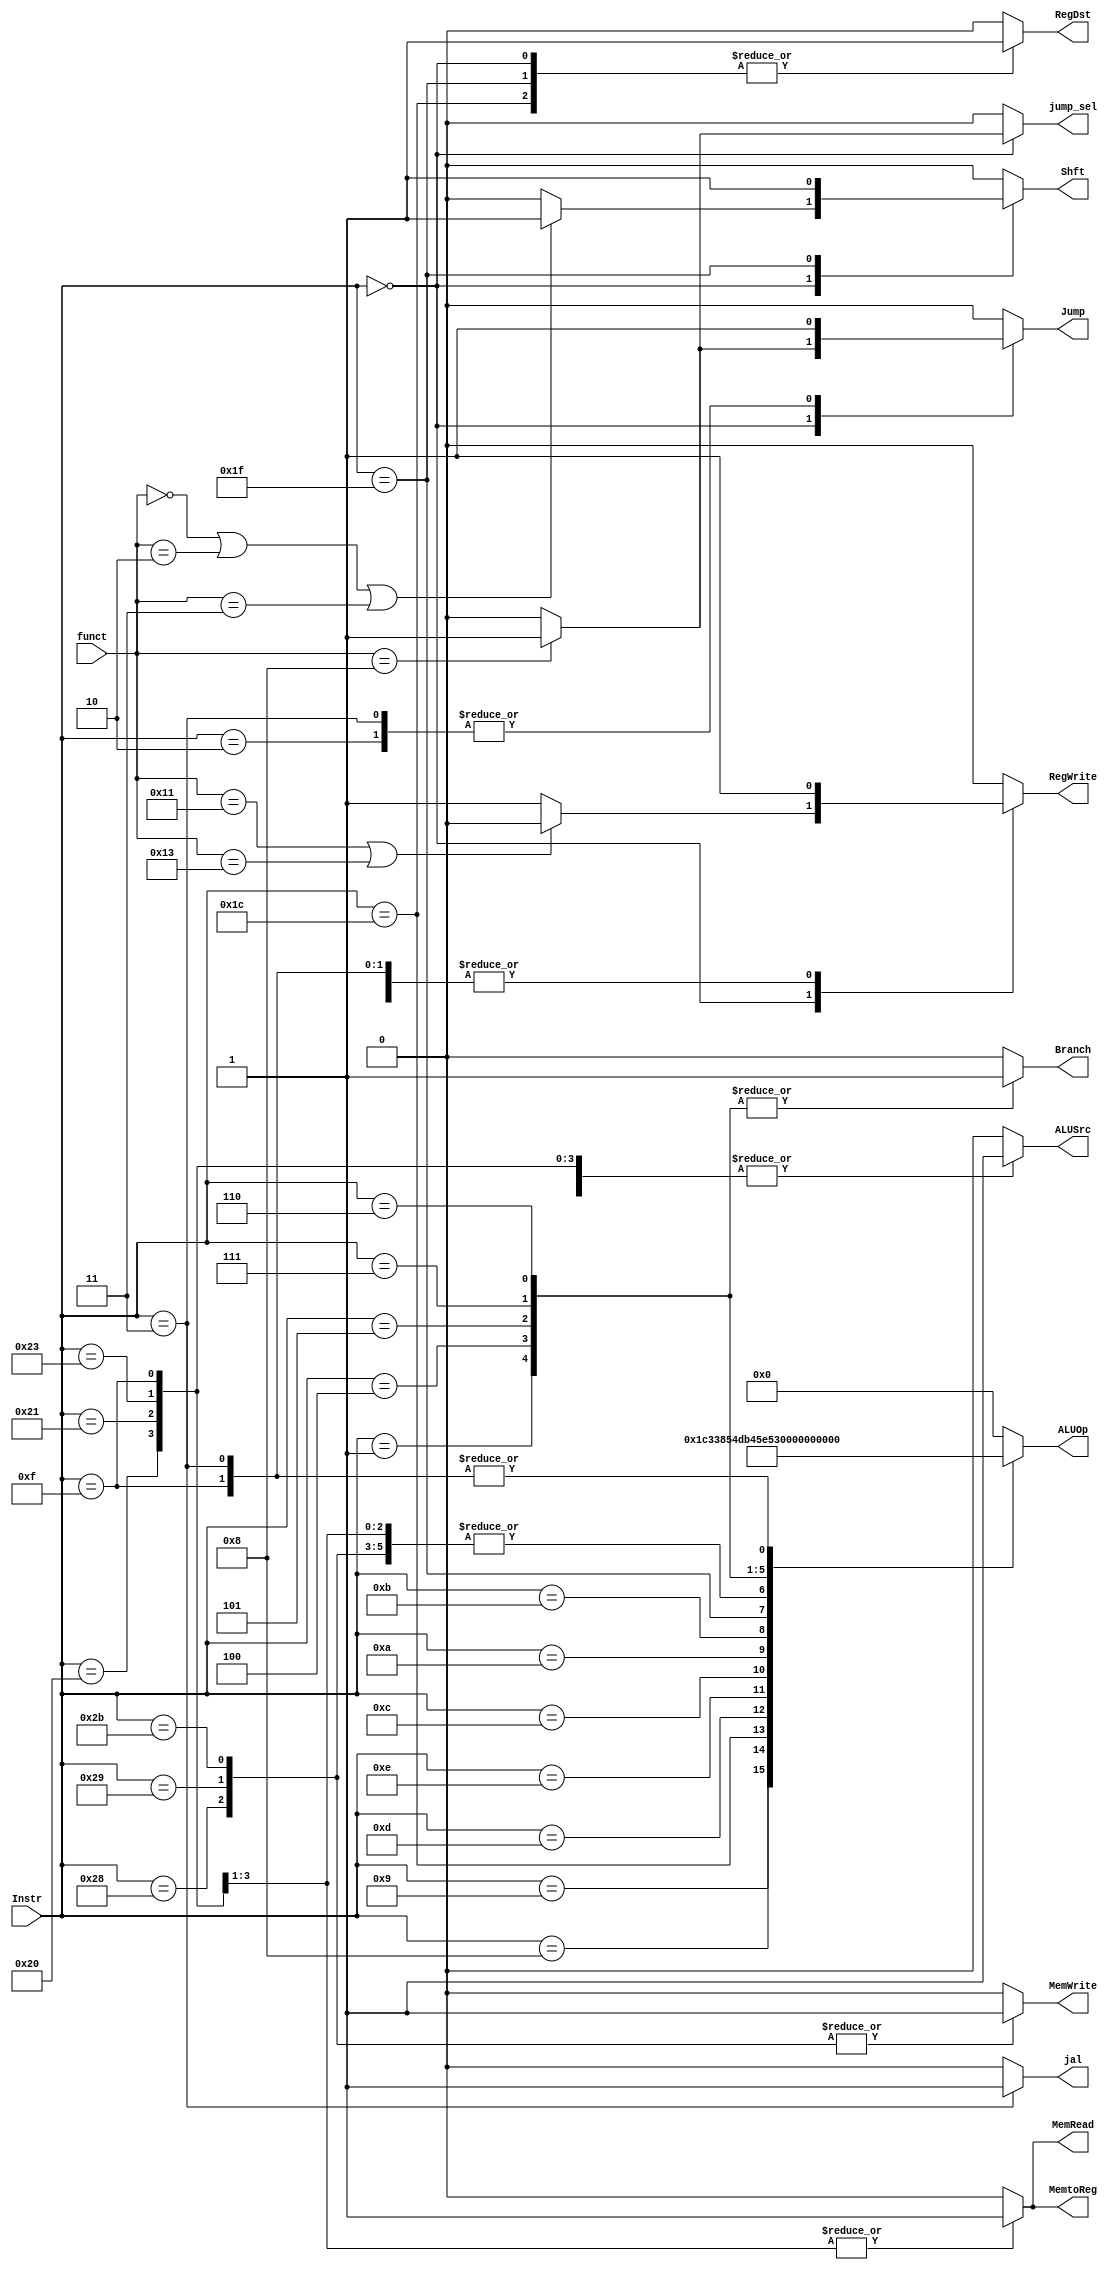
`timescale 1ns / 1ps
//////////////////////////////////////////////////////////////////////////////////
// Company: 
// Engineer: 
// 
// Design Name: 
// Module Name: Controller
// Project Name: 
// Target Devices: 
// Tool Versions: 
// Description: 
// 
// Dependencies: 
// 
// Revision:
// Revision 0.01 - File Created
// Additional Comments:
// 
//////////////////////////////////////////////////////////////////////////////////
module Control (Instr, funct, RegDst, Jump, Shft, Branch, MemRead, MemtoReg, ALUOp, MemWrite, ALUSrc, RegWrite, jump_sel, jal);
    
    input [5:0] Instr, funct;  // 6 bits of opcode my dawg
    output reg [5:0] ALUOp; // ALUOp for ALU Controler, needs two bits
    output reg RegDst, Jump, Shft, Branch, MemRead, MemtoReg, MemWrite, ALUSrc, RegWrite, jump_sel, jal;// single bits for mux les
    
    // initializes all flags for POST-IMPLEMENTATION
    initial begin
        RegDst = 0;
        Jump = 0;
        Shft = 0;
        Branch = 0;
        MemRead = 0;
        MemtoReg = 0;
        MemWrite = 0;
        ALUSrc = 0;
        RegWrite = 0;
        ALUOp = 0;
        jump_sel = 0;
        jal = 0;
    end
    
    
    always @(Instr or funct) begin
            RegDst = 0;
            Jump = 0;
            Shft = 0;
            Branch = 0;
            MemRead = 0;
            MemtoReg = 0;
            MemWrite = 0;
            ALUSrc = 0;
            RegWrite = 0;
            ALUOp = 0;
            jump_sel = 0;
            jal = 0;
        
        case (Instr)
		
            // R-Type
            6'b000000:
            begin
                // generic flags, neccessary changes updated below
                RegDst = 1;
                Jump = 0;
                Shft = 0;
                Branch = 0;
                MemRead = 0;
                MemtoReg = 0;
                ALUOp = 6'b000000;
                MemWrite = 0;
                ALUSrc = 0;
                RegWrite = 1; 
                
                if (funct == 6'b000000 || funct == 6'b000010 || funct == 6'b000011) // sll, srl, & sra
                    Shft = 1; // acounts for awkward shift
                    
                if (funct == 6'b010001 || funct == 6'b010011) // mthi & mtlo
                    RegWrite = 0;
                
                if (funct == 6'b001000)
                    begin
                    Jump = 1;
                    jump_sel = 1;
                    end
                
                end
            
            //Addiu
            6'b001001:
            begin
                RegDst = 0;
                Jump = 0;
                Shft = 0;
                Branch = 0;
                MemRead = 0;
                MemtoReg = 0;
                ALUOp = 6'b000111;
                MemWrite = 0;
                ALUSrc = 1;
                RegWrite = 1;
            end
			
			// Addi
			6'b001000:
			begin
				RegDst = 0;
				Jump = 0;
				Shft = 0;
				Branch = 0;
				MemRead = 0;
				MemtoReg = 0;
				ALUOp = 6'b000011;
				MemWrite = 0;
				ALUSrc = 1;
				RegWrite = 1;
			end
			
			// Mul, madd, msub
            6'b011100:
			begin
			     RegDst = 1;
			     Jump = 0;
			     Shft = 0;
			     Branch = 0;
			     MemRead = 0;
			     MemtoReg = 0;
			     ALUOp = 6'b001110;
			     MemWrite = 0;
			     ALUSrc = 0;
			     RegWrite = 1;
			end
			
			// ori
			6'b001101:
			begin
			     RegDst = 0;
			     Jump = 0;
			     Shft = 0;
			     Branch = 0;
			     MemRead = 0;
			     MemtoReg = 0;
			     ALUOp = 6'b000101;
			     MemWrite = 0;
			     ALUSrc = 1;
			     RegWrite = 1;
			end
			
			// xori
            6'b001110:
            begin
                RegDst = 0;
                Jump = 0;
                Shft = 0;
                Branch = 0;
                MemRead = 0;
                MemtoReg = 0;
                ALUOp = 6'b010011;
                MemWrite = 0;
                ALUSrc = 1;
                RegWrite = 1;
            end
        
             // andi
            6'b001100:
            begin
                RegDst = 0;
                Jump = 0;
                Shft = 0;
                Branch = 0;
                MemRead = 0;
                MemtoReg = 0;
                ALUOp = 6'b011011;
                MemWrite = 0;
                ALUSrc = 1;
                RegWrite = 1;
            end
            
            // slti
            6'b001010:
            begin
                RegDst = 0;
                Jump = 0;
                Shft = 0;
                Branch = 0;
                MemRead = 0;
                MemtoReg = 0;
                ALUOp = 6'b010001;
                MemWrite = 0;
                ALUSrc = 1;
                RegWrite = 1;
            end
            
            // sltiu
            6'b001011:
            begin
                RegDst = 0;
                Jump = 0;
                Shft = 0;
                Branch = 0;
                MemRead = 0;
                MemtoReg = 0;
                ALUOp = 6'b011110;
                MemWrite = 0;
                ALUSrc = 1;
                RegWrite = 1;
            end
            
            // seh & seb
            6'b011111:
            begin
                RegDst = 1;
                Jump = 0;
                Shft = 1;
                Branch = 0;
                MemRead = 0;
                MemtoReg = 0;
                ALUOp = 6'b010100;
                MemWrite = 0;
                ALUSrc = 0;
                RegWrite = 1;
            end
            
            // lw, lh, & lb
            6'b100011, 6'b100001, 6'b100000:
            begin
                RegDst = 0;
                Jump = 0;
                Shft = 0;
                Branch = 0;
                MemRead = 1;
                MemtoReg = 1;
                ALUOp = 6'b101010;
                MemWrite = 0;
                ALUSrc = 1;
                RegWrite = 1;
            end
            
            // sw, sh, & sb
            6'b101011, 6'b101001, 6'b101000:
            begin
                RegDst = 0;
                Jump = 0;
                Shft = 0;
                Branch = 0;
                MemRead = 0;
                // MemtoReg is DONT CARE
                ALUOp = 6'b101010;
                MemWrite = 1;
                ALUSrc = 1;
                RegWrite = 0;
            end
            
            // lui - load upper immediate
            6'b001111:
            begin
                RegDst = 0;
                Jump = 0;
                Shft = 0;
                Branch = 0;
                MemRead = 0;
                MemtoReg = 0;
                ALUOp = 6'b101011;
                MemWrite = 0;
                ALUSrc = 1;
                RegWrite = 1;
            end
            
            // bgez & bltz
            6'b000001:
            begin
                // RegDst dont care
                Jump = 0;
                Shft = 0;
                Branch = 1;
                MemRead = 0;
                //MemtoReg dont care
                ALUOp = 6'b101100;
                MemWrite = 0;
                // ALUSrc dont care
                RegWrite = 0;
            end
            
            //beq
            6'b000100:
            begin
                // RegDst dont care
                Jump = 0;
                Shft = 0;
                Branch = 1;
                MemRead = 0;
                // MemtoReg dont care
                ALUOp = 6'b101101;
                MemWrite = 0;
                ALUSrc = 0;
                RegWrite = 0;
            end
            
            //bneq
            6'b000101:
            begin
                // RegDst dont care
                Jump = 0;
                Shft = 0;
                Branch = 1;
                MemRead = 0;
                // MemtoReg dont care
                ALUOp = 6'b101110;
                MemWrite = 0;
                ALUSrc = 0;
                RegWrite = 0;
            end
            
            //bgtz
            6'b000111:
            begin
                // RegDst dont care
                Jump = 0;
                Shft = 0;
                Branch = 1;
                MemRead = 0;
                // MemtoReg dont care
                ALUOp = 6'b101111;
                MemWrite = 0;
                ALUSrc = 0;
                RegWrite = 0;
            end
            
            
            // blez
            6'b000110:
            begin
                // RegDst dont care
                Jump = 0;
                Shft = 0;
                Branch = 1;
                MemRead = 0;
                // MemtoReg dont care
                ALUOp = 6'b110000;
                MemWrite = 0;
                ALUSrc = 0;
                RegWrite = 0;
            end
            
            // jump
            6'b000010:
            begin
                Jump = 1;
                jump_sel = 0;
                Shft = 0;
                Branch = 0;
                MemWrite = 0;
                RegWrite = 0;
            end
            
            // jal
            6'b000011:
            begin
                RegDst = 0;
                Jump = 1;
                jump_sel = 0;
                Shft = 0;
                Branch = 0;
                MemRead = 0;
                MemtoReg = 0;
                ALUOp = 6'b101011;
                MemWrite = 0;
                ALUSrc = 0;
                RegWrite = 1;
                jal = 1;
            end
            
            // nop
            6'b111111:
            begin
                RegDst = 0;
                Jump = 0;
                Shft = 0;
                Branch = 0;
                MemRead = 0;
                MemtoReg = 0;
                MemWrite = 0;
                ALUSrc = 0;
                RegWrite = 0;
                ALUOp = 0;
                jump_sel = 0;
                jal = 0;
            end
        endcase // closes the switch statement
    
    
    end // closes always block
    
    
endmodule